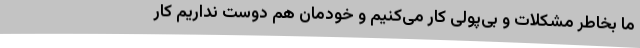
ما بخاطر مشکلات‌ و بی‌پولی کار می‌کنیم و خودمان هم دوست نداریم کار